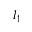
l _ { 1 }